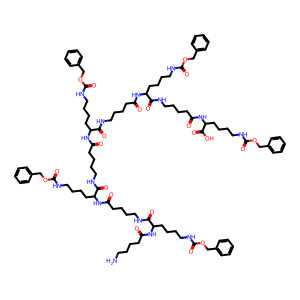
SMILES: NCCCCC(=O)NC(CCCCNC(=O)OCc1ccccc1)C(=O)NCCCCC(=O)NC(CCCCNC(=O)OCc1ccccc1)C(=O)NCCCCC(=O)NC(CCCCNC(=O)OCc1ccccc1)C(=O)NCCCCC(=O)NC(CCCCNC(=O)OCc1ccccc1)C(=O)NCCCCC(=O)NC(CCCCNC(=O)OCc1ccccc1)C(=O)O
Inhibits HIV replication: No